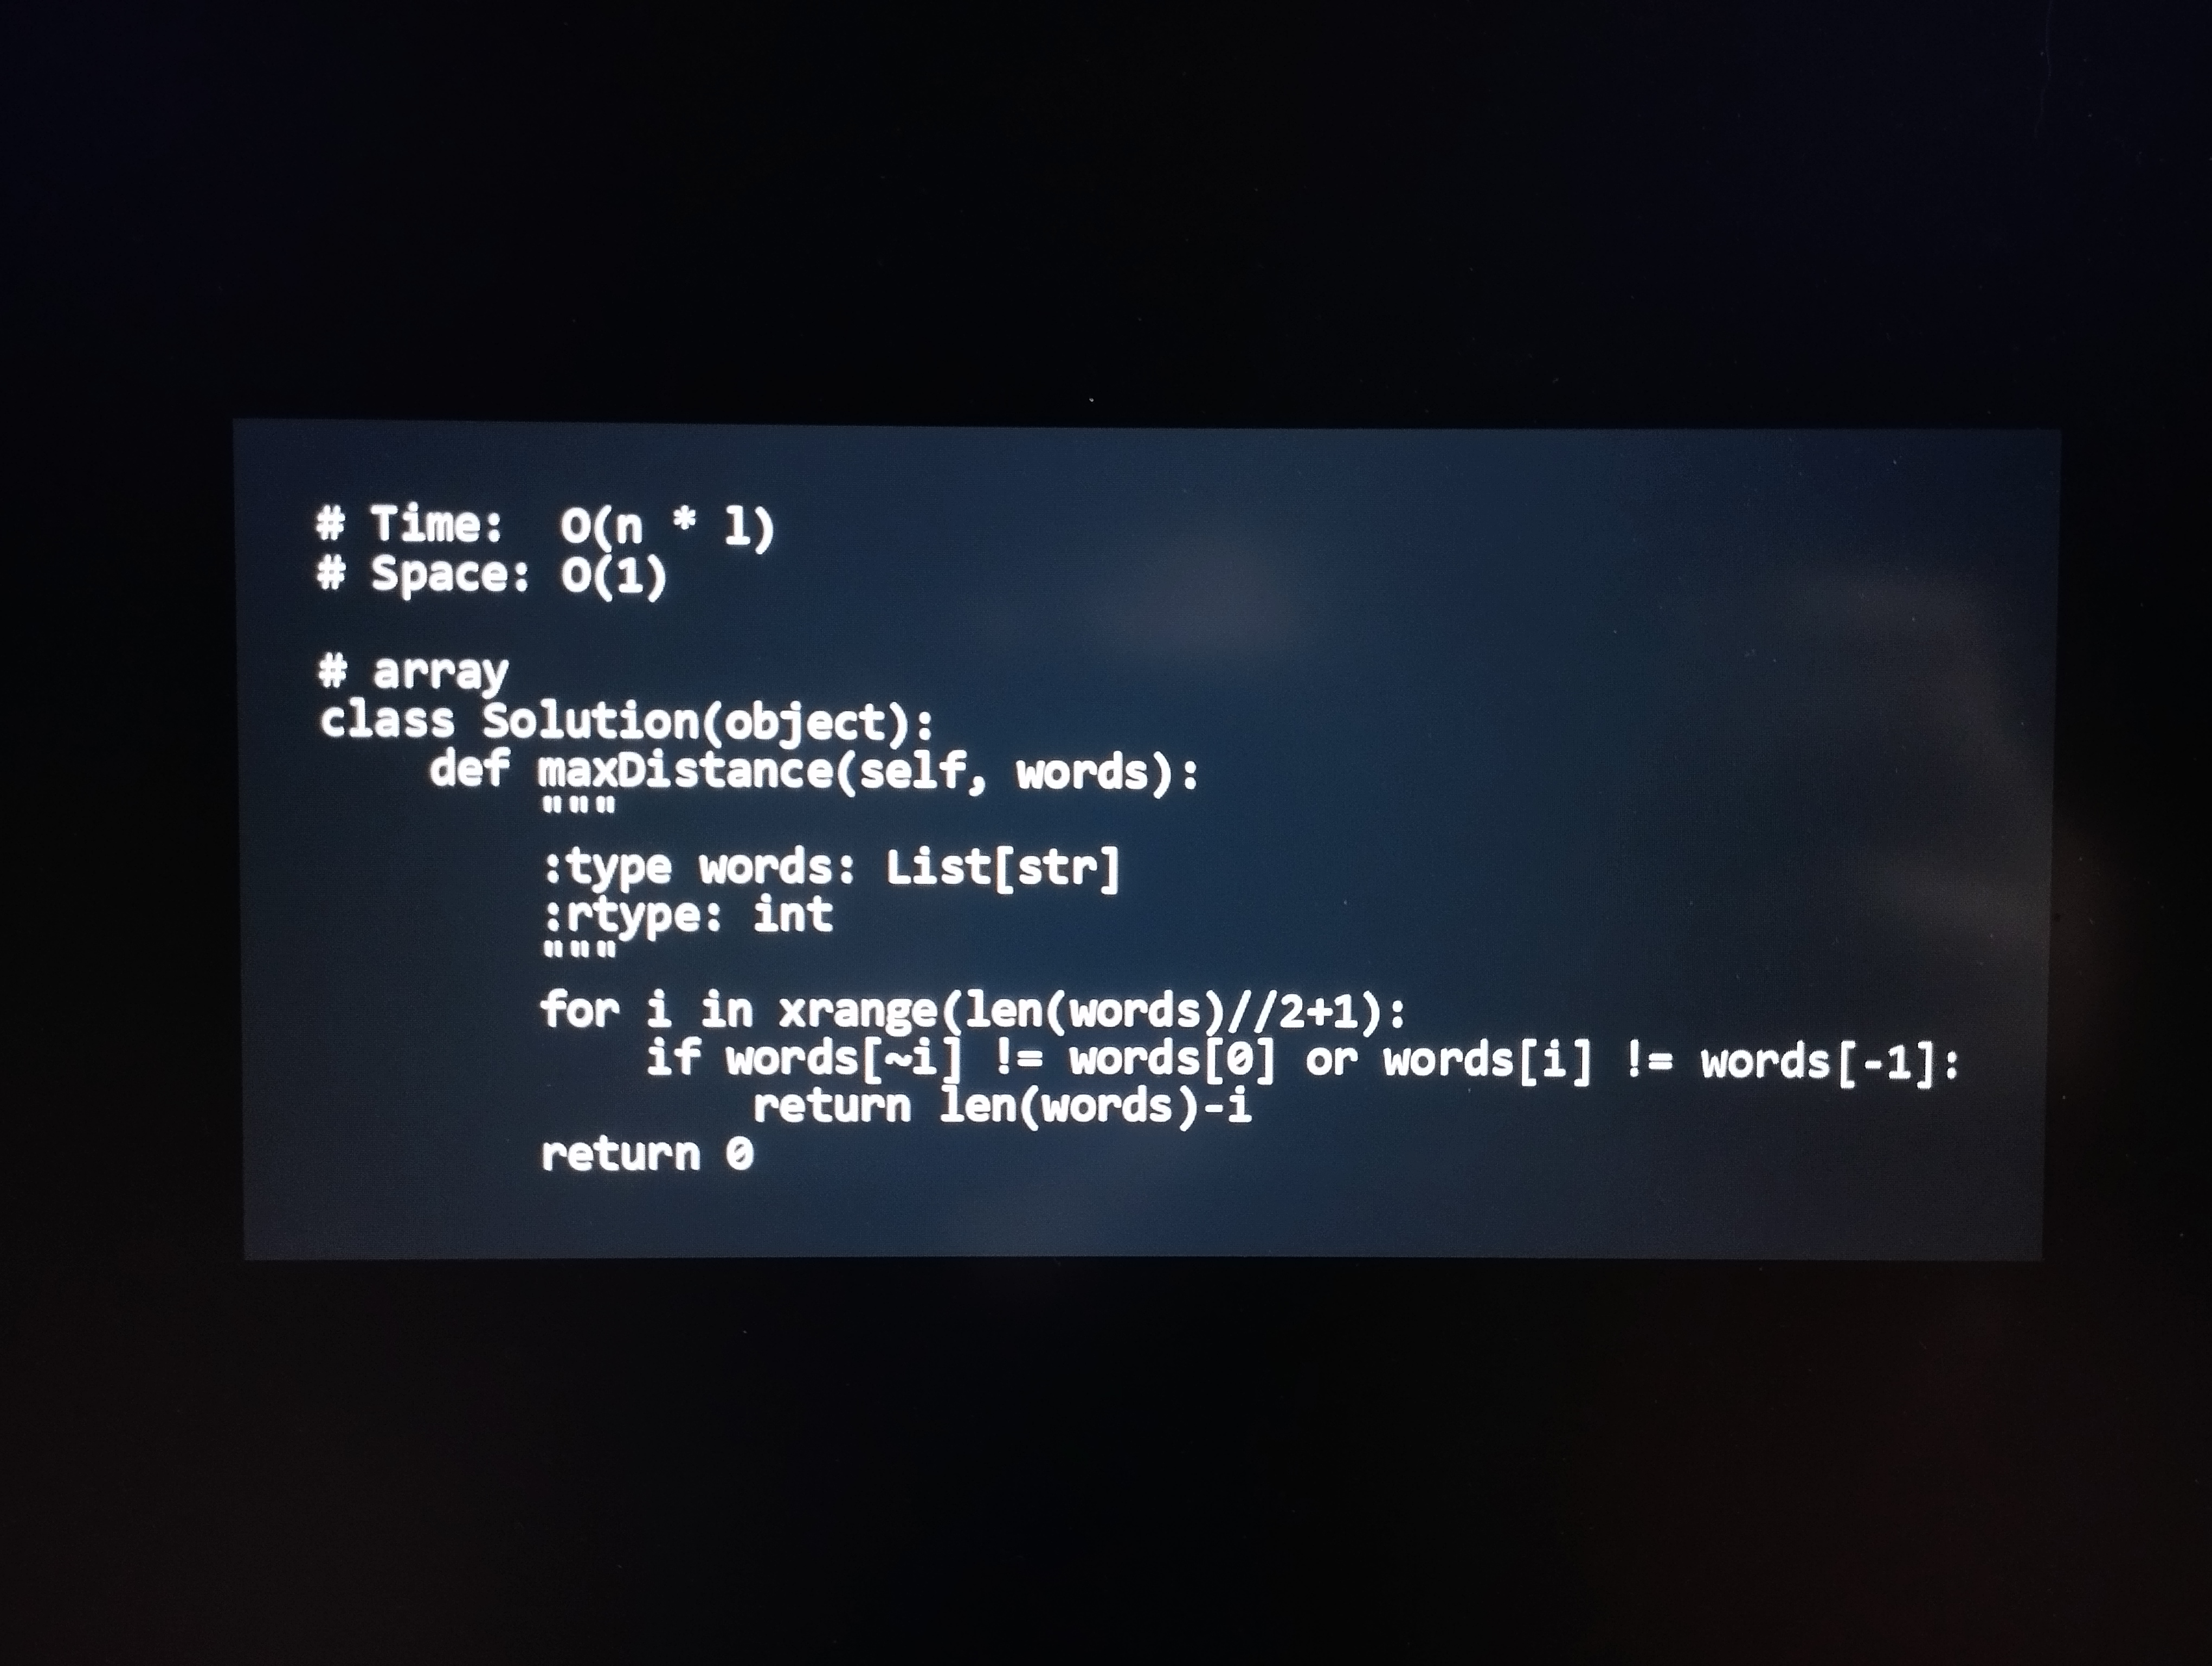
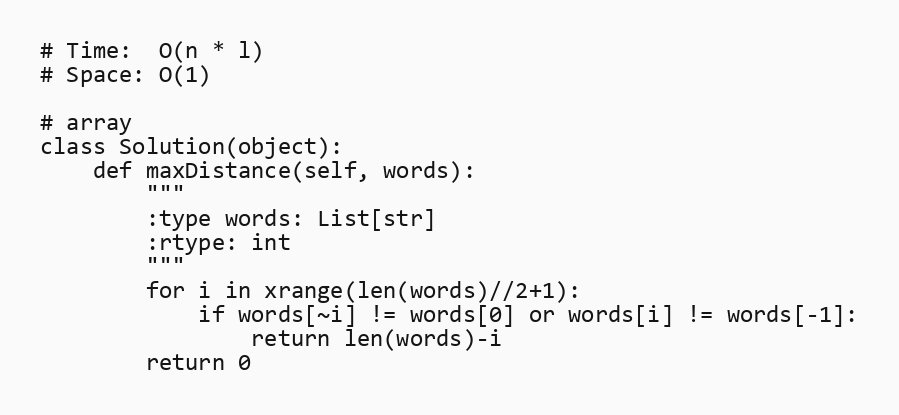
# Time:  O(n * l)
# Space: O(1)

# array
class Solution(object):
    def maxDistance(self, words):
        """
        :type words: List[str]
        :rtype: int
        """
        for i in xrange(len(words)//2+1):
            if words[~i] != words[0] or words[i] != words[-1]:
                return len(words)-i
        return 0